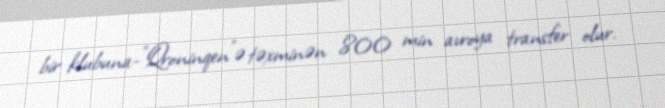
bir klubuna-"Qroninqen"ə təxminən 800 min avroya transfer olur.